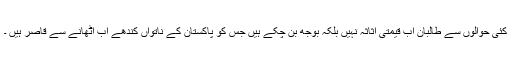
کئی حوالوں سے طالبان اب قیمتی اثاثہ نہیں بلکہ بوجھ بن چکے ہیں جس کو پاکستان کے ناتواں کندھے اب اٹھانے سے قاصر ہیں ۔